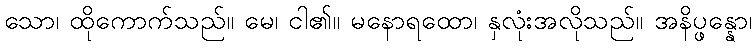
သော၊ ထိုကောက်သည်။ မေ၊ ငါ၏။ မနောရထော၊ နှလုံးအလိုသည်။ အနိပ္ဖန္နော၊